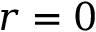
r = 0